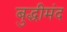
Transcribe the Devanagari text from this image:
बुद्धीमंद